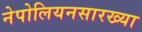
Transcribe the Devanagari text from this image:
नेपोलियनसारख्या